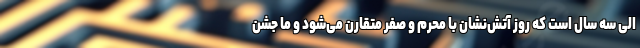
الی سه سال است که روز آتش‌نشان با محرم و صفر متقارن می‌شود و ما جشن